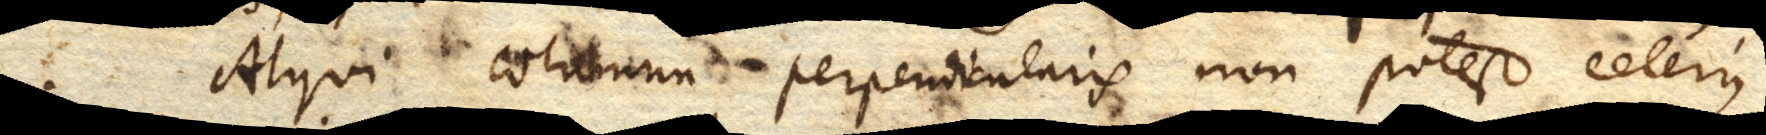
Atqui columna perpendicularis non potest celerius